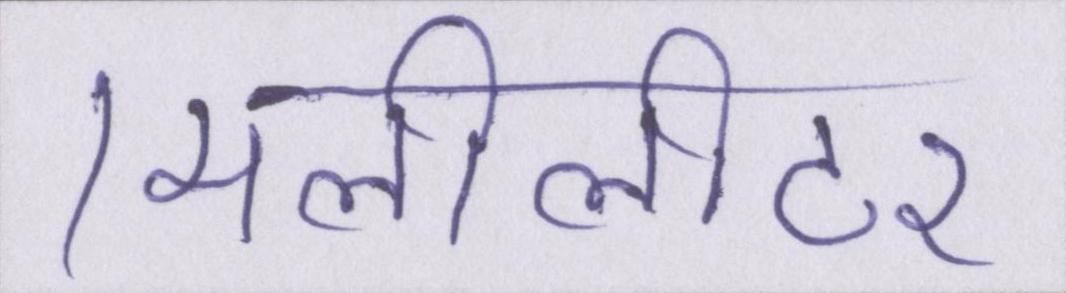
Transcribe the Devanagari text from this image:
मिलीलीटर